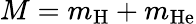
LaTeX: M=m_{\mathrm{H}}+m_{\mathrm{He}}